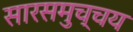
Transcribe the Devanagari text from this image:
सारसमुच्चय